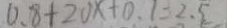
0 . 8 + 2 0 x + 0 . 1 = 2 . 5